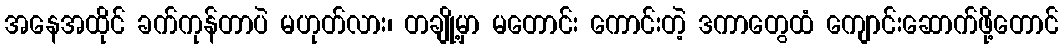
အနေအထိုင် ခက်ကုန်တာပဲ မဟုတ်လား၊ တချို့မှာ မတောင်း ကောင်းတဲ့ ဒကာတွေထံ ကျောင်းဆောက်ဖို့တောင်